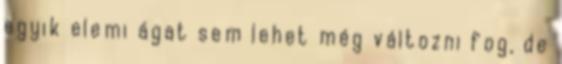
egyik elemi ágat sem lehet még változni fog, de